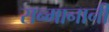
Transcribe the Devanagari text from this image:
सन्मानानी